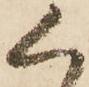
く